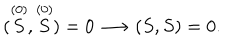
( \stackrel { ( 0 ) } { S } , \stackrel { ( 0 ) } { S } ) = 0 \longrightarrow ( S , S ) = 0 .